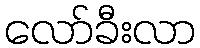
လော်ခီးလာ